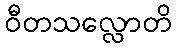
ဝီတသလ္လောတိ